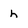
Character: h